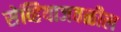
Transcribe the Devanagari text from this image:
सेव्हियाजवळील